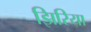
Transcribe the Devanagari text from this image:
झिरिया